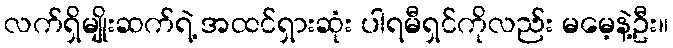
လက်ရှိမျိုးဆက်ရဲ့ အထင်ရှားဆုံး ပါရမီရှင်ကိုလည်း မမေ့နဲ့ဦး။